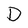
Character: D